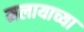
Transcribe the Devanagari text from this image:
मलायाच्या